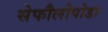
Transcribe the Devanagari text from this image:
सेफौलोपोडा